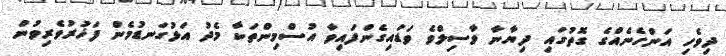
ދިވެހި އަންހެނެއްގެ ގޮތުގައި ދިޔާނާ ވާސިލްވެ ވަޑައިގެންފައިވާ އުސްމިންތަކާ މެދު އަޅުގަނޑުމެން ފަޚުރުވެރިވުން